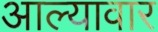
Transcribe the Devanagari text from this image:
आल्यावार